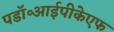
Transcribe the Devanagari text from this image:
पडॉ॰आईपीकेएफ